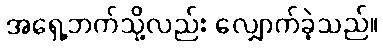
အရှေ့ဘက်သို့လည်း လျှောက်ခဲ့သည်။